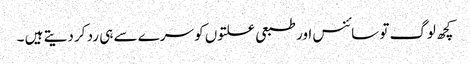
کچھ لوگ تو سائنس اور طبعی علتوں کو سرے سے ہی رد کر دیتے ہیں ۔